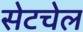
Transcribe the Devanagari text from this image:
सेटचेल